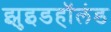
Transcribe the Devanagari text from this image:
झुइडहॉलंड